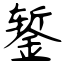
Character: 錾